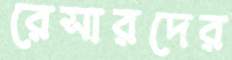
রেসারদের